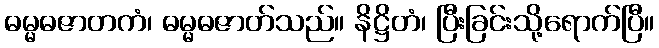
ဓမ္မဓဇာတကံ၊ ဓမ္မဓဇာတ်သည်။ နိဋ္ဌိတံ၊ ပြီးခြင်းသို့ရောက်ပြီ။